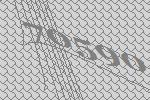
70590